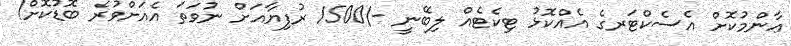
ޢާންމުކޮށް އެސެކްޓަރގެ އެއްކޮޅު ޓިކެޓެއް ލިބޭނީ -/1500 ރުފިޔާއަށް ނުވަތަ އެއަށްވުރެ ބޮޑުކޮށް!